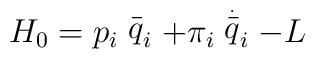
H_0=p_i\stackrel{\_}{q}_i+\pi _i\stackrel{\stackrel{.}{\_}}{q}_i-L